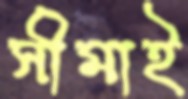
সীমাই